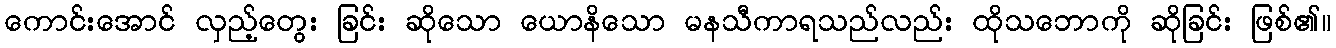
ကောင်းအောင် လှည့်တွေး ခြင်း ဆိုသော ယောနိသော မနသီကာရသည်လည်း ထိုသဘောကို ဆိုခြင်း ဖြစ်၏။